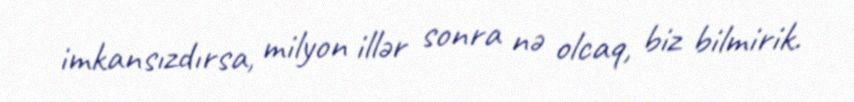
imkansızdırsa, milyon illər sonra nə olcaq, biz bilmirik.